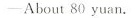
——About 80 yuan.